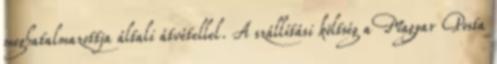
meghatalmazottja általi átvétellel. A szállítási költség a Magyar Posta